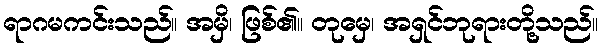
ရာဂမကင်းသည်။ အမှိ၊ ဖြစ်၏။ တုမှေ၊ အရှင်ဘုရားတို့သည်။